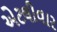
એટલીવાર